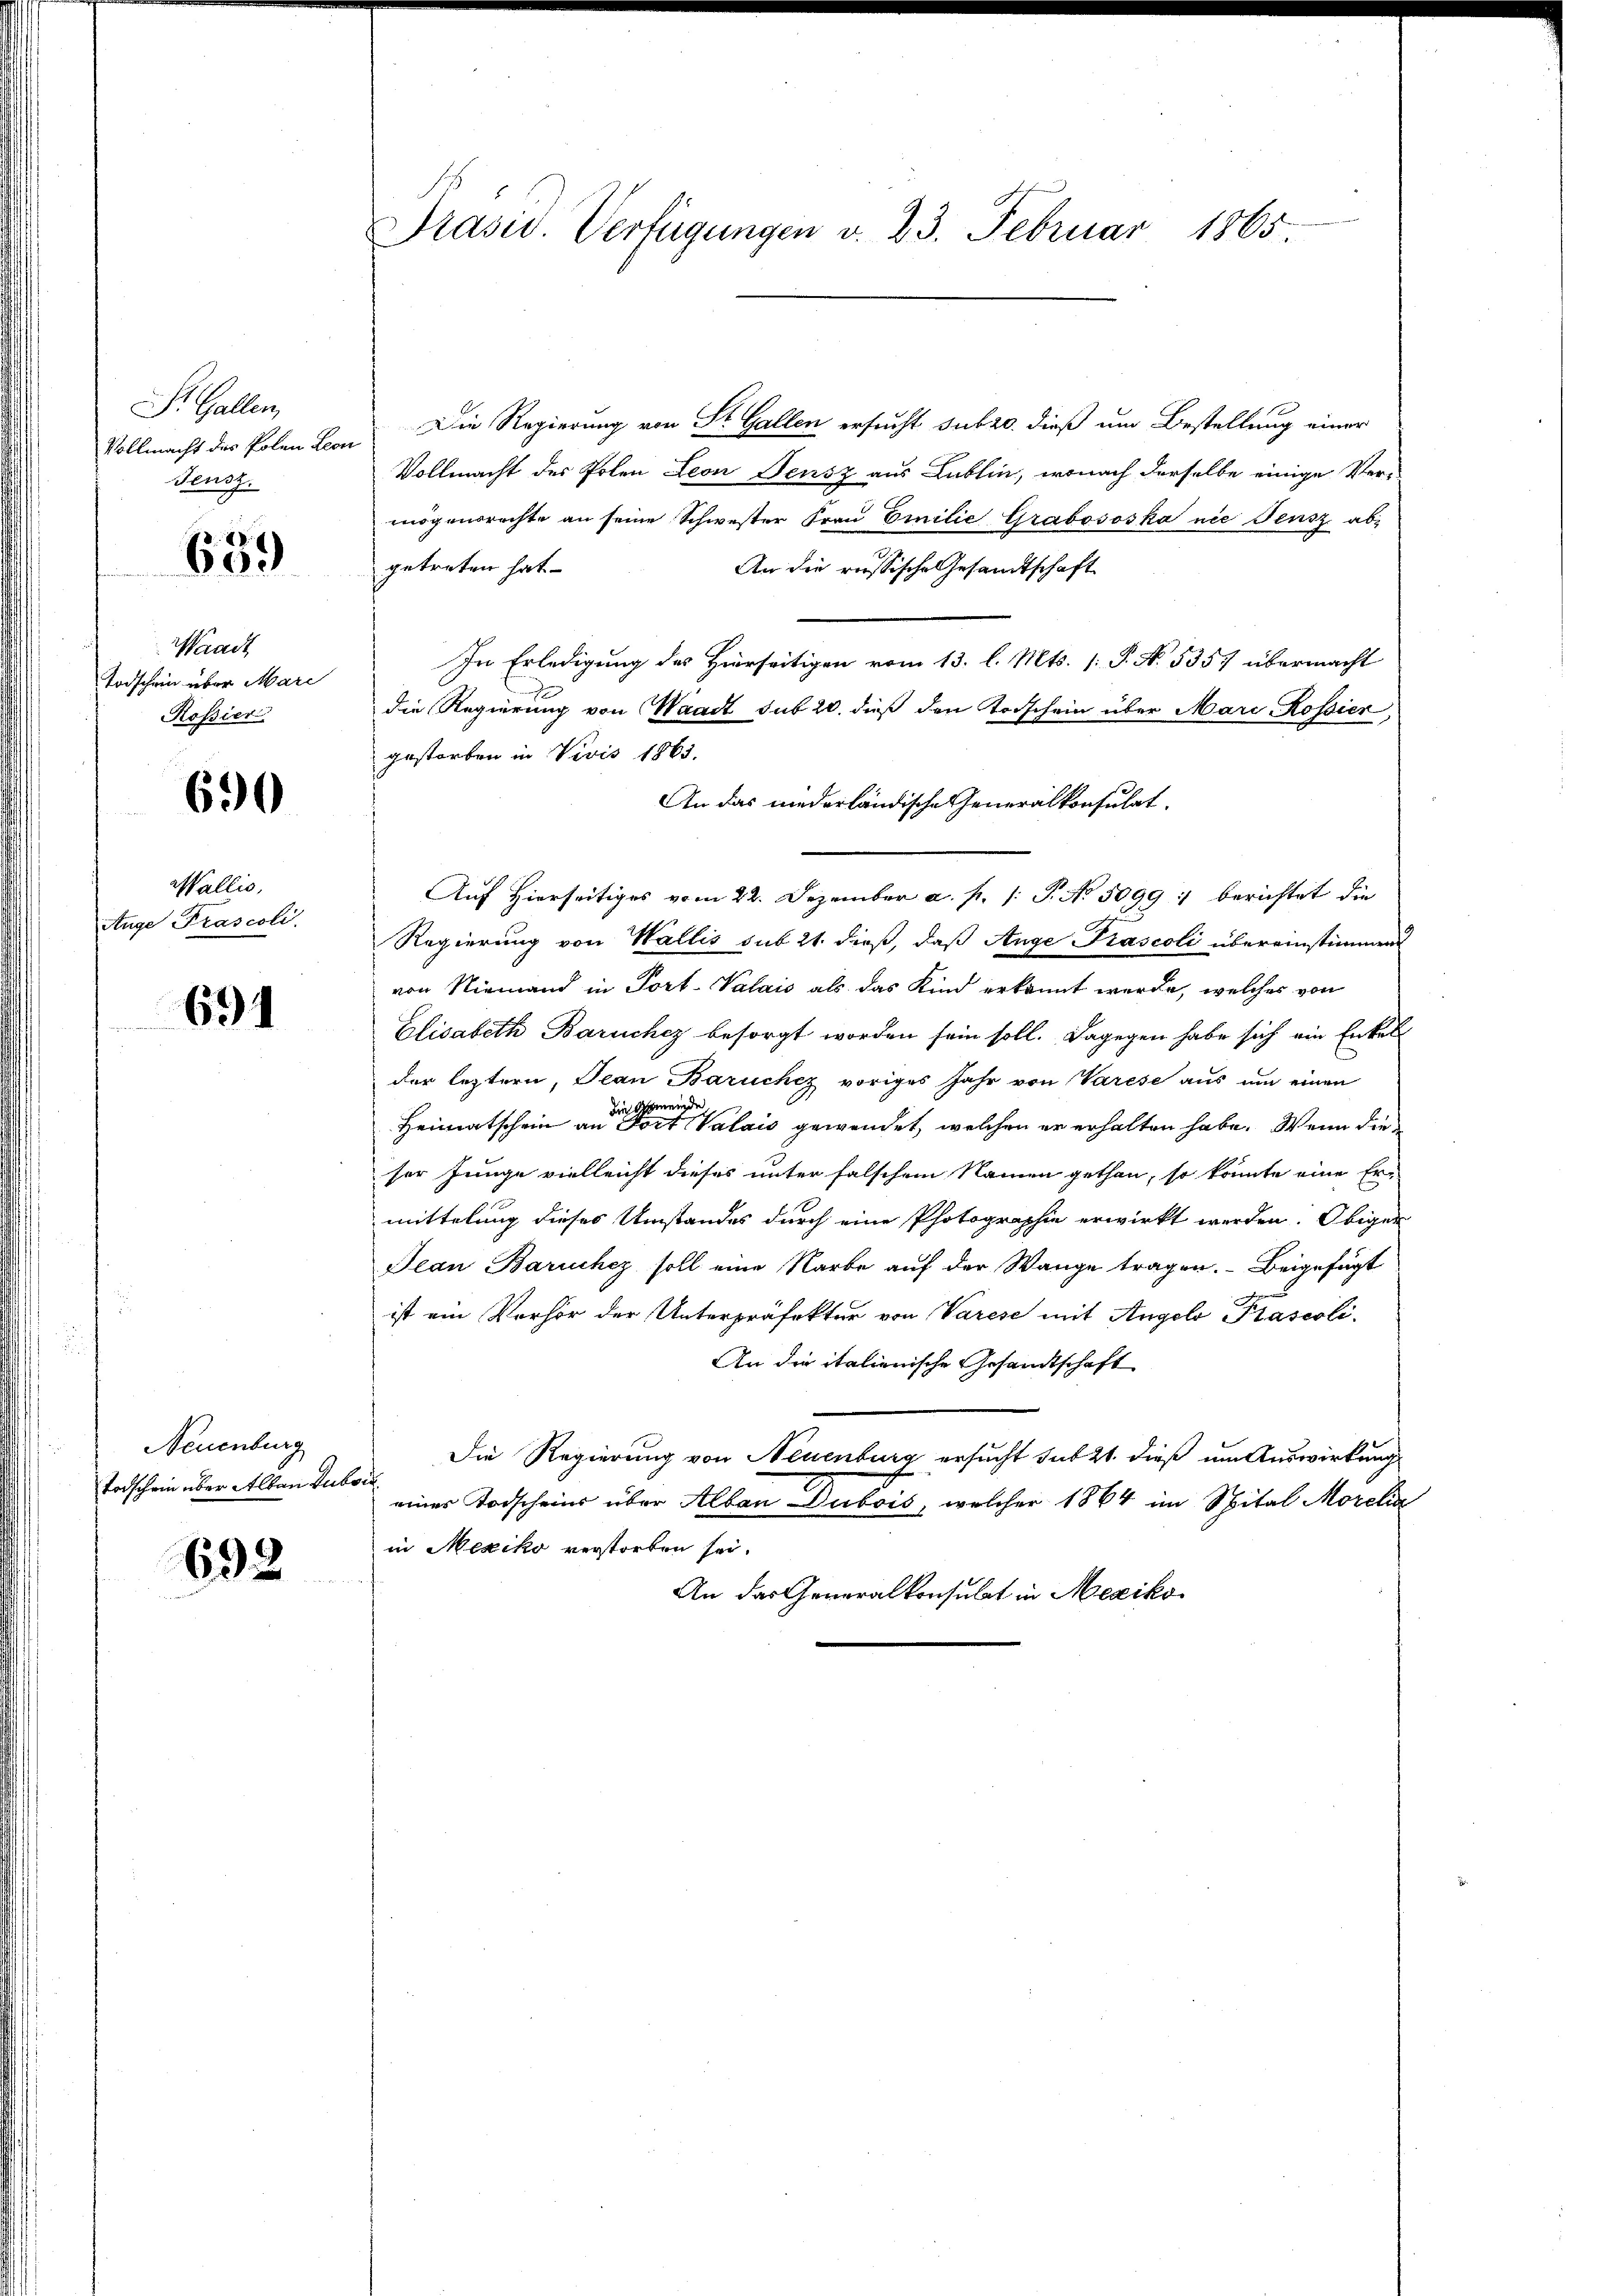
S. Gallen,
Teusz.

639

Waadt
Todschein über Mari
Rossier

690

Wallis,
Auge Prascoli

691

Neuenburg
Todschein über Allen Subor

692

Vollmacht des Polen Bon Die Regierung von Dr. Gallen ersucht subro dieß um Bestellung einer
Vollmacht des Polen Leon Fensz aus Lublin, wonach derselbe einige Ver-
mögensrechte an seine Schwester Frau Emilie Grabososka nie Fensz ab-
getreten hat.
An die russische Gesandtschaft
In Erledigung des Hierseitigen vom 13. l. Mts. [ P. N. 535 übermacht
die Regierung von Waadt sub 20. dieß den Torschein über Mari, Rossier,
gestorben in Vivis 1865.
An das niederländische Generalkonsulat,
Auf Hierseitiges vom 22. Dezember a. p. 1. P. No. 5099 : berichtet die
Regierung von Wallis sub 21. dieß, daß Auge Prascoli übereinstimmen
von Niemand in Port-Valais als das Kind erkannt werde, welches von
Elisabeth Baruchez besorgt worden sein soll. Dagegen habe sich ein Enkel
der leztern, Jean Baruchez voriges Jahr von Varese aus um einen
Heimatschein an die Valais gewendet, welchen er erhalten habe. Wenn die
ser Junge vielleicht dieses unter falschem Namen gethan, so könnte eine Er-
mittelung dieses Umstandes durch eine Photographie erwirkt werden. Obiger
Jean Baruchez soll eine Narbe auf der Wange tragen. Beigefügt
ist ein Verhör der Unterpräfektur von Varese mit Angelo Praseoli-
An die italienische Gesandtschaft
Die Regierung von Neuenburg ersucht sub 21. dieß um Auswirkung
eines Todscheins über Alban Dubois, welcher 1864 im Spital Morelin
in Mexiko verstorben sei.

An das Generalkonsulat in Mexiko¬

Präsid. Verfügungen v. 23. Februar 1865.